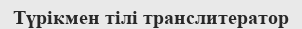
Түрікмен тілі транслитератор